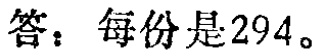
答：每份是294。